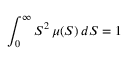
\int _ { 0 } ^ { \infty } S ^ { 2 } \, \mu ( S ) \, d S = 1